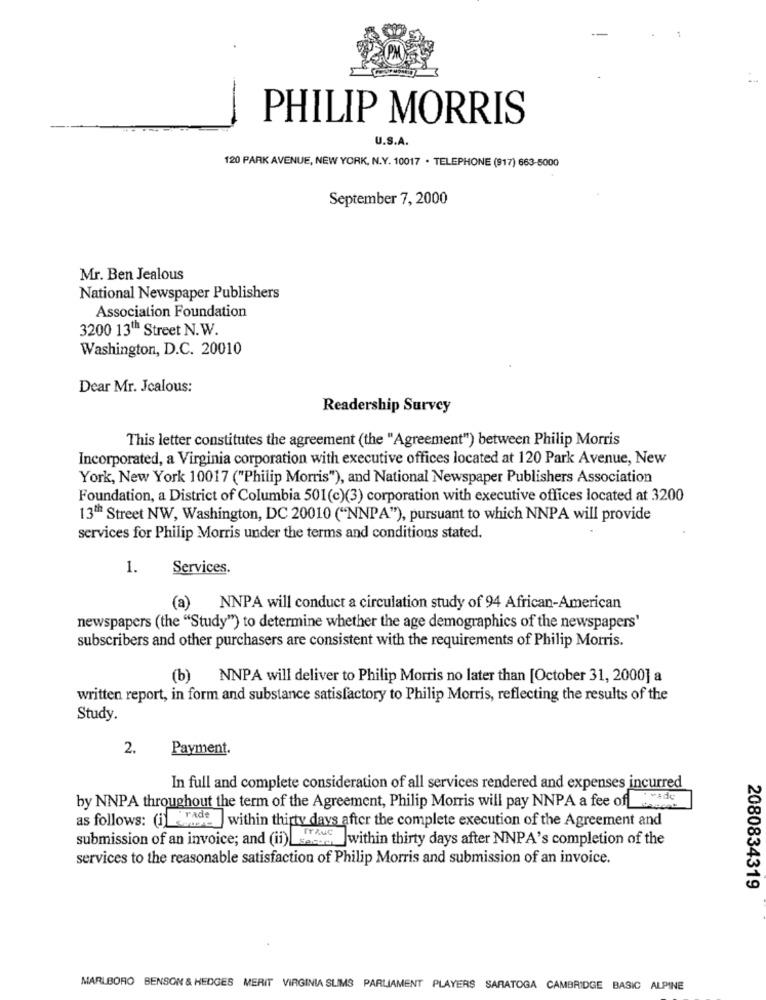
PHILIP MORRIS
U.S.A.
120 PARK AVENUE, NEW YORK, N.Y. 10017 · TELEPHONE (917) 663-5000
September 7, 2000
Mr. Ben Jealous
National Newspaper Publishers
Association Foundation
3200 13th Street N.W.
Washington, D.C. 20010
Dear Mr. Jealous:
Readership Survey
This letter constitutes the agreement (the "Agreement") between Philip Morris
Incorporated, a Virginia corporation with executive offices located at 120 Park Avenue, New
York, New York 10017 ("Philip Morris"), and National Newspaper Publishers Association
Foundation, a District of Columbia 501(c)(3) corporation with executive offices located at 3200
13th Street NW, Washington, DC 20010 ("NNPA"), pursuant to which NNPA will provide
services for Philip Morris under the terms and conditions stated.
1.
Services.
(a)
NNPA will conduct a circulation study of 94 African-American
newspapers (the "Study") to determine whether the age demographics of the newspapers'
subscribers and other purchasers are consistent with the requirements of Philip Morris.
(b)
NNPA will deliver to Philip Morris no later than [October 31, 2000] a
written report, in form and substance satisfactory to Philip Morris, reflecting the results of the
Study.
2.
Payment.
In full and complete consideration of all services rendered and expenses incurred
by NNPA throughout the term of the Agreement, Philip Morris will pay NNPA a fee ofrade
as follows: (1) rade
rade ] within thirty days after the complete execution of the Agreement and
submission of an invoice; and (ii) seeds within thirty days after NNPA's completion of the
services to the reasonable satisfaction of Philip Morris and submission of an invoice.
2080834319
MARLBORO BENSON & HEDGES MERIT VIRGINIA SLIMS PARLIAMENT PLAYERS SARATOGA CAMBRIDGE BASIC ALPINE